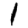
Digit: 1